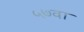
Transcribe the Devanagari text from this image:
५७वा